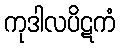
ကုဒါလပိဋကံ